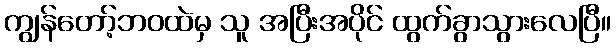
ကျွန်တော့်ဘဝထဲမှ သူ အပြီးအပိုင် ထွက်ခွာသွားလေပြီ။